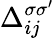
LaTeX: \Delta_{ij}^{\sigma\sigma^{\prime}}